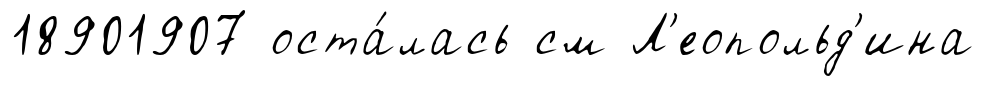
18901907 оста́лась см Л'еопольд'ина